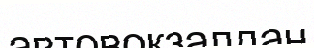
автовокзалдан